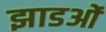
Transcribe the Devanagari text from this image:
झाडओं